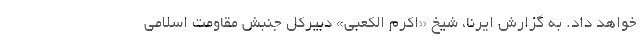
خواهد داد. به گزارش ایرنا، شیخ «اکرم الکعبی» دبیرکل جنبش مقاومت اسلامی